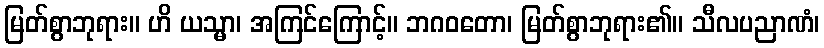
မြတ်စွာဘုရား။ ဟိ ယသ္မာ၊ အကြင်ကြောင့်။ ဘဂဝတော၊ မြတ်စွာဘုရား၏။ သီလပညာဏံ၊